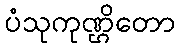
ပံသုကုဏ္ဌိတော